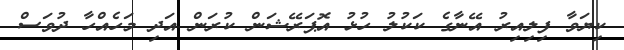
ކިޔަވާ ފިލިއިރު އޭނާގެ ކަކުލު ހުޅު އޮޕަރޭޝަން ކުރަން އަދި މަހެއްހާ ދުވަސް